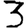
Digit: 3